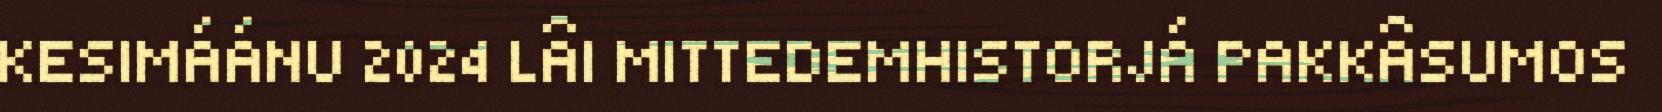
KESIMÁÁNU 2024 LÂI MITTEDEMHISTORJÁ PAKKÂSUMOS